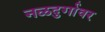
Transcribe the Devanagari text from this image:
नळदुर्गावर